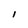
Character: I